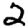
Digit: 2